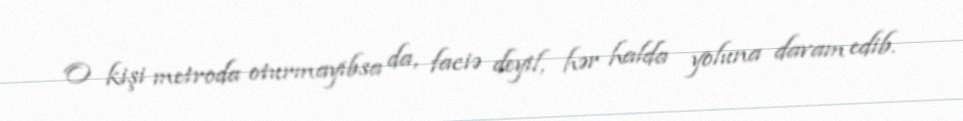
O kişi metroda oturmayıbsa da, faciə deyil, hər halda yoluna davam edib.